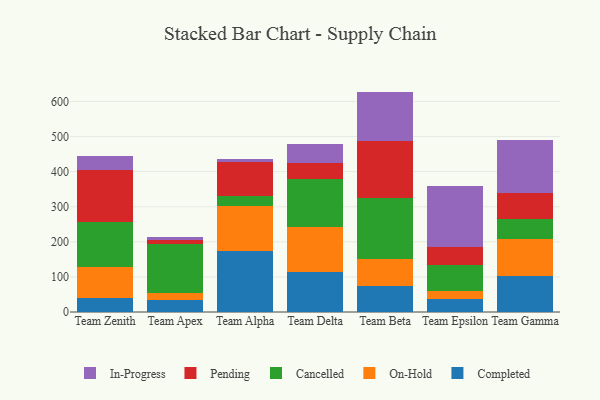
{"axis": {"x": "Team", "y": "Humidity (%)"}, "legend": ["Cancelled", "Completed", "In-Progress", "On-Hold", "Pending"], "data": [{"x": "Team Zenith", "y": 40.2, "type": "Completed"}, {"x": "Team Zenith", "y": 86.8, "type": "On-Hold"}, {"x": "Team Zenith", "y": 129.5, "type": "Cancelled"}, {"x": "Team Zenith", "y": 147.7, "type": "Pending"}, {"x": "Team Zenith", "y": 40.6, "type": "In-Progress"}, {"x": "Team Apex", "y": 34.6, "type": "Completed"}, {"x": "Team Apex", "y": 19.0, "type": "On-Hold"}, {"x": "Team Apex", "y": 139.6, "type": "Cancelled"}, {"x": "Team Apex", "y": 10.6, "type": "Pending"}, {"x": "Team Apex", "y": 10.6, "type": "In-Progress"}, {"x": "Team Alpha", "y": 175.0, "type": "Completed"}, {"x": "Team Alpha", "y": 126.9, "type": "On-Hold"}, {"x": "Team Alpha", "y": 27.8, "type": "Cancelled"}, {"x": "Team Alpha", "y": 97.1, "type": "Pending"}, {"x": "Team Alpha", "y": 9.9, "type": "In-Progress"}, {"x": "Team Delta", "y": 115.3, "type": "Completed"}, {"x": "Team Delta", "y": 125.8, "type": "On-Hold"}, {"x": "Team Delta", "y": 137.8, "type": "Cancelled"}, {"x": "Team Delta", "y": 46.1, "type": "Pending"}, {"x": "Team Delta", "y": 53.2, "type": "In-Progress"}, {"x": "Team Beta", "y": 74.5, "type": "Completed"}, {"x": "Team Beta", "y": 76.0, "type": "On-Hold"}, {"x": "Team Beta", "y": 174.2, "type": "Cancelled"}, {"x": "Team Beta", "y": 162.1, "type": "Pending"}, {"x": "Team Beta", "y": 141.2, "type": "In-Progress"}, {"x": "Team Epsilon", "y": 36.7, "type": "Completed"}, {"x": "Team Epsilon", "y": 22.7, "type": "On-Hold"}, {"x": "Team Epsilon", "y": 73.6, "type": "Cancelled"}, {"x": "Team Epsilon", "y": 53.0, "type": "Pending"}, {"x": "Team Epsilon", "y": 174.2, "type": "In-Progress"}, {"x": "Team Gamma", "y": 102.1, "type": "Completed"}, {"x": "Team Gamma", "y": 105.8, "type": "On-Hold"}, {"x": "Team Gamma", "y": 58.2, "type": "Cancelled"}, {"x": "Team Gamma", "y": 74.4, "type": "Pending"}, {"x": "Team Gamma", "y": 150.5, "type": "In-Progress"}]}